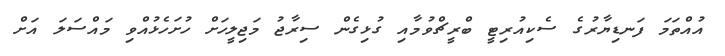
އުއްތަމަ ފަނޑިޔާރުގެ ސެކިއުރިޓީ ބްރީޗްވުމާއި ގުޅިގެން ސިރާޖު މަޖިލީހަށް ހުށަހެޅުއްވި މައްސަލަ އަށް